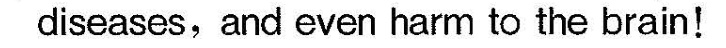
diseases,and even harm to the brain!